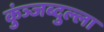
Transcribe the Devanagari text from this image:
कुंञ्जब्दुल्ला